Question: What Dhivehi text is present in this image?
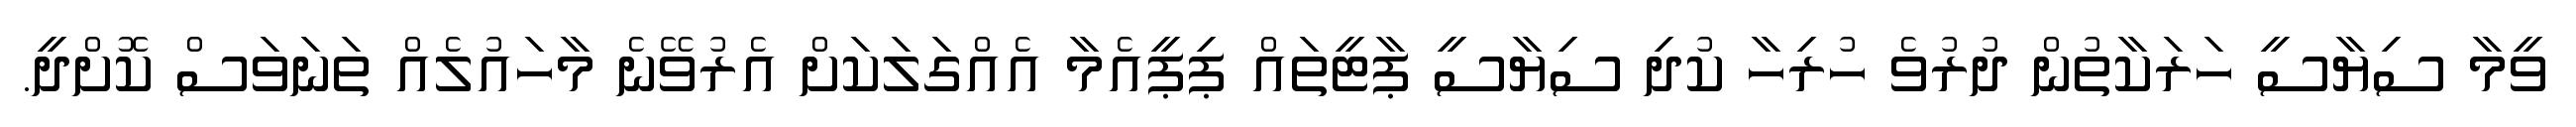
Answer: ވީމާ ސިޔާސީ ހަރަކާތުން ދުރުވެ ހުރިހާ ކުދި ސިޔާސީ ޕާޓީތައް ޕިޕީއެމާ އެއްގަލަކަށް އެރުވޭނެ މާހައުލެއް ތަނަވަސް ކޮށްދީ.